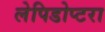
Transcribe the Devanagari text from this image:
लेपिडोप्टरा